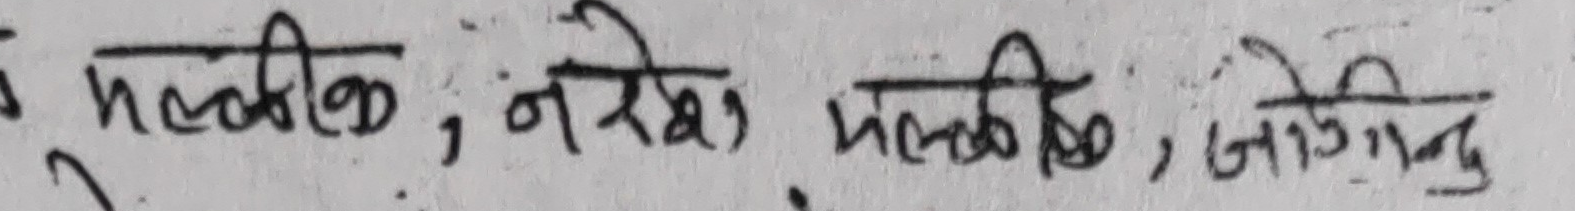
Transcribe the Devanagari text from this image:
मल्लडि, नरेश, मल्लडि, जगेन्यु